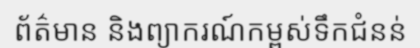
ព័ត៌មាន និងព្យាករណ៍កម្ពស់ទឹកជំនន់